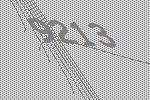
9213